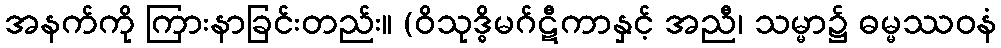
အနက်ကို ကြားနာခြင်းတည်း။ (ဝိသုဒ္ဓိမဂ်ဋီကာနှင့် အညီ၊ သမ္မာ၌ ဓမ္မဿဝနံ